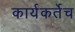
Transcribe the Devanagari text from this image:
कार्यकर्तेच